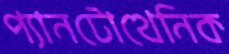
প্যানটোথেনিক